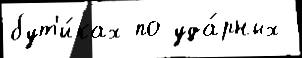
бут'и́ках по уда́рных